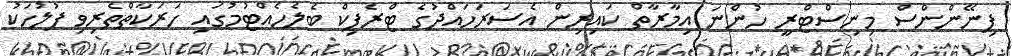
ފިނޭންންސް މިނިސްޓްރީ ހުންނަ އިމާރާތް ކައިރިން އެސަރަހައްދުގެ ޓްރެފިކް ބެލެހެއްޓުމުގައި ހަރަކާތްތެރިވި ފުލުހަކު